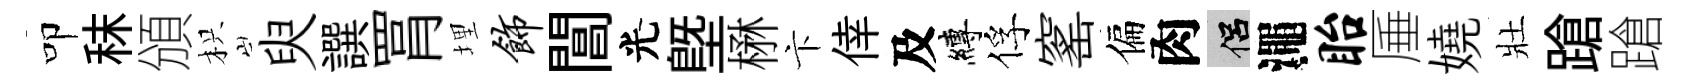
叩秣頒枳臾譔罥埋饰閶光塈楙卞倖及縛俘窰偏肉侣澠眙厜嬈壯蹌蹌